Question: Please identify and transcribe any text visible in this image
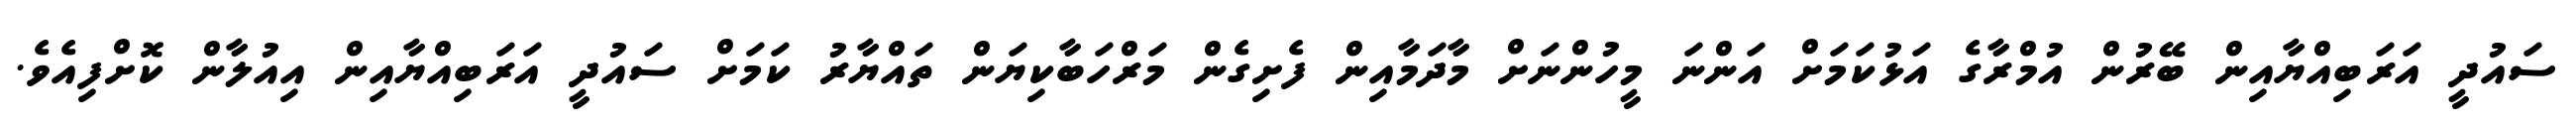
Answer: ސައުދީ އަރަބިއްޔާއިން ބޭރުން އުމްރާގެ އަޅުކަމަށް އަންނަ މީހުންނަށް މާދަމާއިން ފެށިގެން މަރްހަބާކިޔަން ތައްޔާރު ކަމަށް ސައުދީ އަރަބިއްޔާއިން އިއުލާން ކޮށްފިއެވެ.